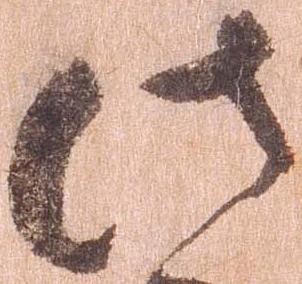
此